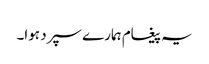
یہ پیغام ہمارے سپرد ہوا۔